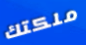
ملكتك